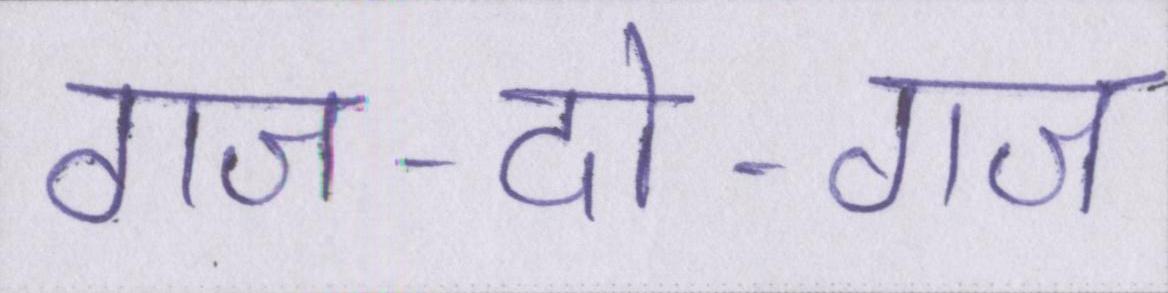
गज-दो-गज